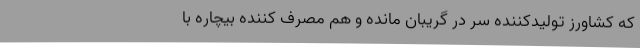
که کشاورز تولیدکننده سر در گریبان مانده و هم مصرف کننده بیچاره با